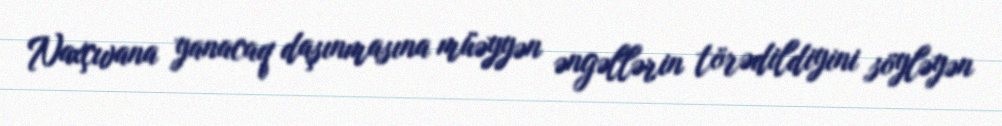
Naxçıvana yanacaq daşınmasına müəyyən əngəllərin törədildiyini söyləyən